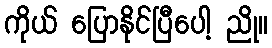
ကိုယ် ပြောနိုင်ပြီပေါ့ ညို။